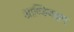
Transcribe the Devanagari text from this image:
आण्डियाट्टम्